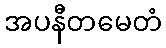
အပနီတမေတံ